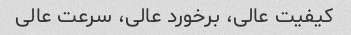
کیفیت عالی، برخورد عالی، سرعت عالی